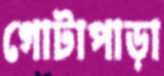
গোটাপাড়া